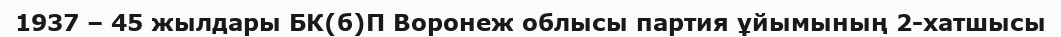
1937 – 45 жылдары БК(б)П Воронеж облысы партия ұйымының 2-хатшысы